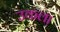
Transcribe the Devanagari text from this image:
उकला